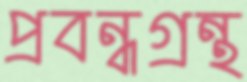
প্রবন্ধগ্রন্থ